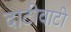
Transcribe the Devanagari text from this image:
दाटीवाटी